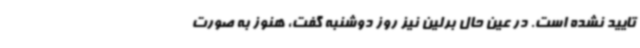
تایید نشده است. در عین حال برلین نیز روز دوشنبه گفت، هنوز به صورت